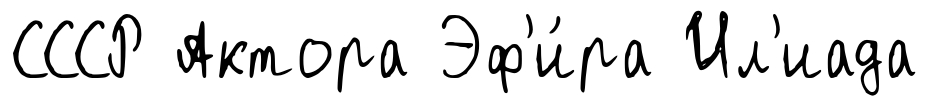
СССР Актора Эф'и́ра Ил'иада